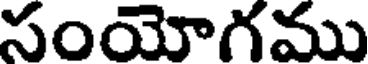
సంయోగము